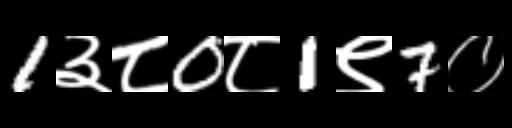
Text: 1३८0८1९7०